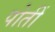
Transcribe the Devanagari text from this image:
पोतीं